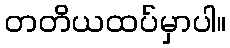
တတိယထပ်မှာပါ။